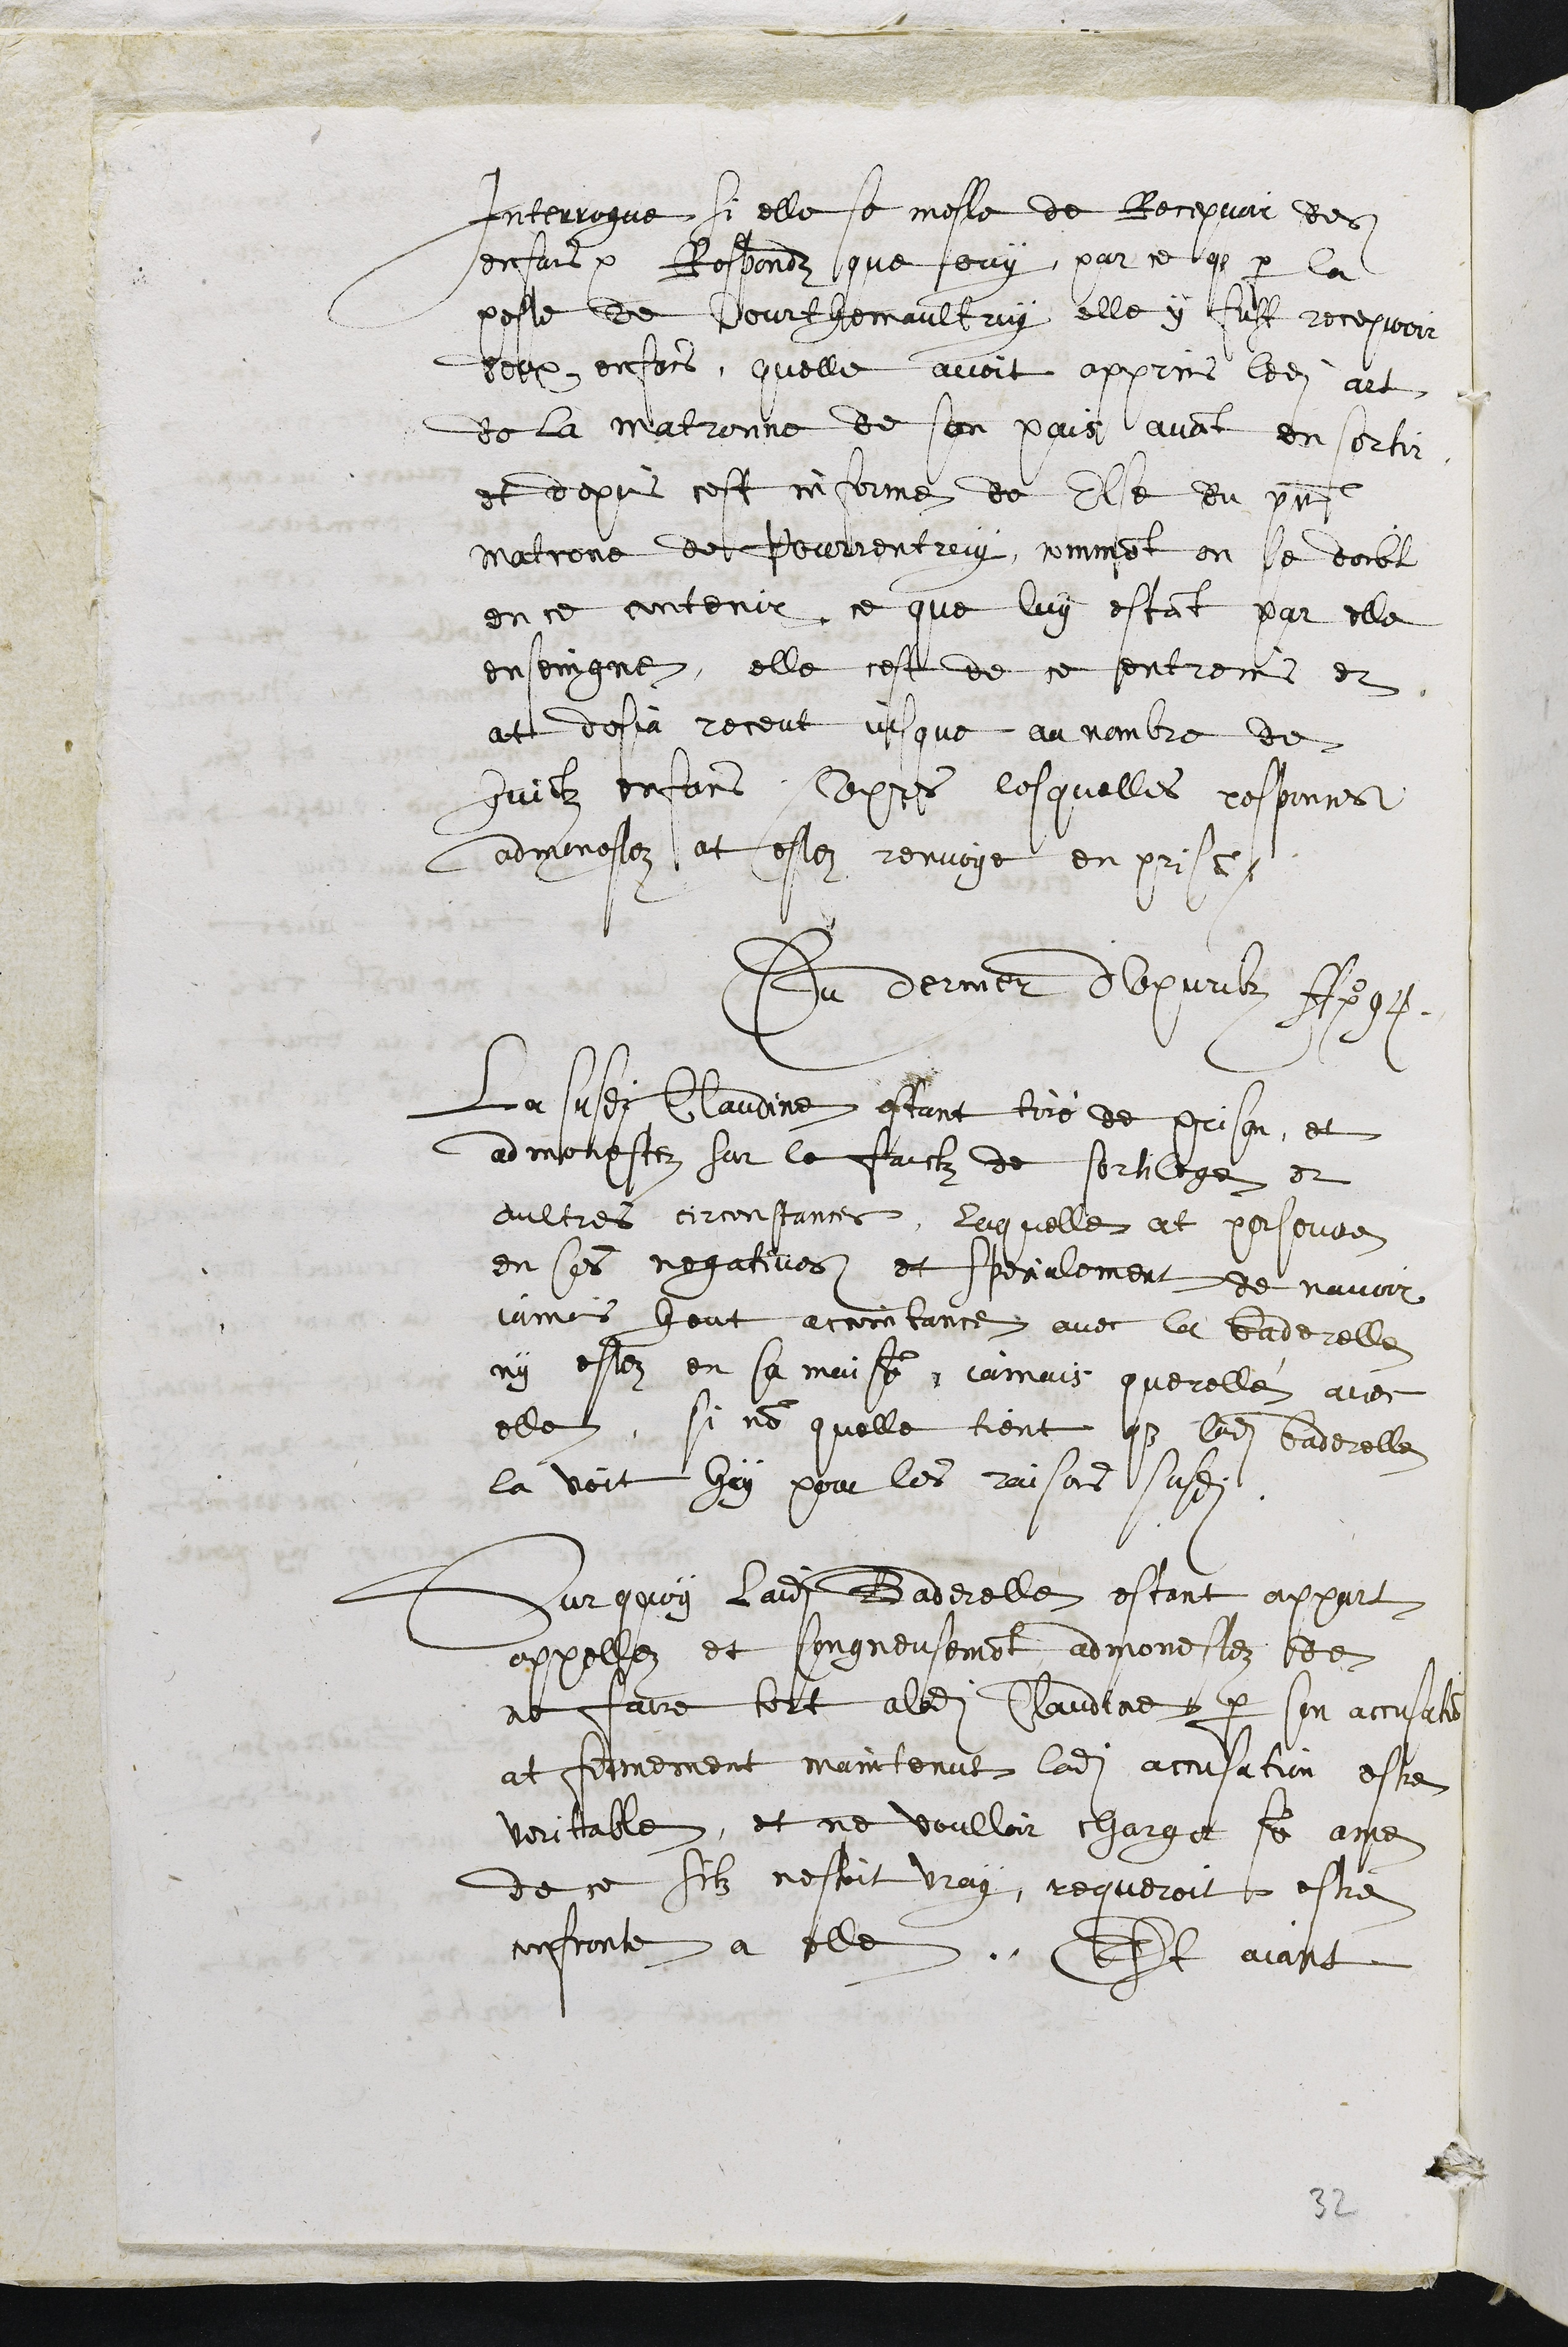
Interrogue si elle se mesle de Recepvoir des
enfans Respondz que ouy par ce que par la
peste de Courthemaultruy elle y fust recepvoir
deux enfans, quelle avoit apprins ledit art
de la matronne de son pais avant en sortir
et depuis cest informe de Elle du present
matrone de Pourrentruy, comment on se doibt
en ce contenir, ce que luy estant par elle
ensoingne, elle cest de ce entremis et
at desja receut jusque au nombre de
huictz enfans Apres lesquelles responces
admonestez at estez renvoye en prison.
Du dernier dApvrilz Ao 94
La susdite Claudine estant tiré de prison, et
admonestez sur le faictz de sortilege, et
aultres circonstances, laquelle at persevere
en ses negatives, et specialement de navoir
jamais heut accointance avec la baderelle
ny estez en sa maison, jamais querellé avec
elle, si non quelle tient que ladite baderelle
la voit hay pour les raisons susdites.
Sur quoy ladite Baderelle estant appart
appellez et songneusement admonestez de
ne faire tort aladite Claudine par son acusation
at fermement maintenut ladite accusation estre
veritable, et ne voulloir charger son ame
de ce silz nestoit vray, requeroit estre
confronte a elle. Et aiant
32